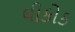
લીકોક